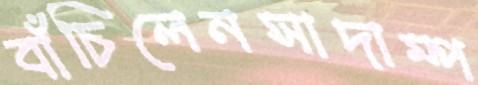
বাঁচিলেনসাদাম্প